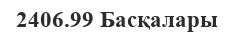
2406.99 Басқалары